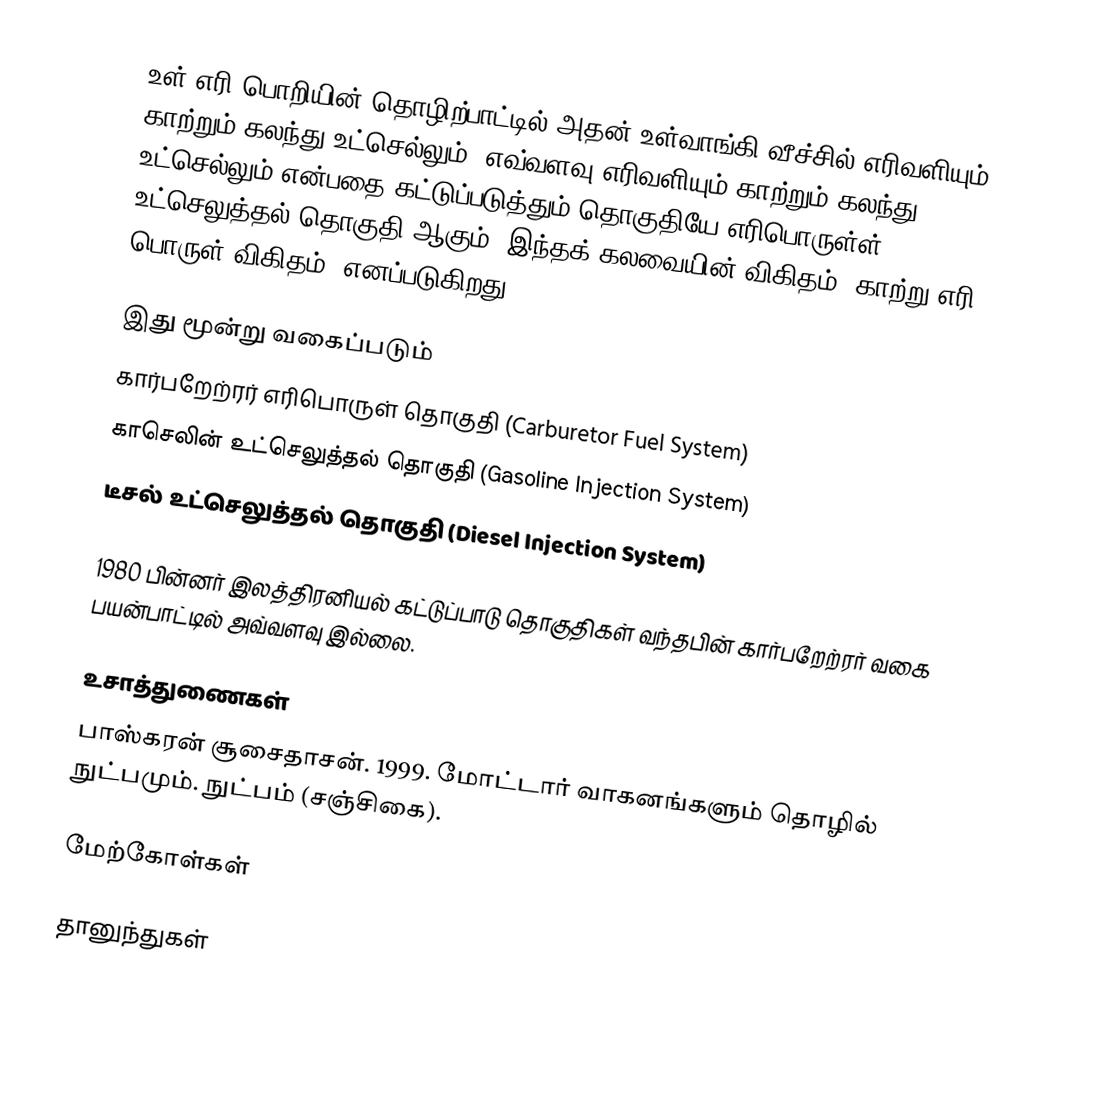
உள் எரி பொறியின் தொழிற்பாட்டில் அதன் உள்வாங்கி வீச்சில் எரிவளியும் காற்றும் கலந்து உட்செல்லும்.  எவ்வளவு எரிவளியும் காற்றும் கலந்து உட்செல்லும் என்பதை கட்டுப்படுத்தும் தொகுதியே எரிபொருள்ள் உட்செலுத்தல் தொகுதி ஆகும்.  இந்தக் கலவையின் விகிதம் "காற்று-எரி பொருள் விகிதம்" எனப்படுகிறது.

இது மூன்று வகைப்படும்
 கார்பறேற்ரர் எரிபொருள் தொகுதி (Carburetor Fuel System)
 காசெலின் உட்செலுத்தல் தொகுதி (Gasoline Injection System)
 டீசல் உட்செலுத்தல் தொகுதி (Diesel Injection System)

1980 பின்னர் இலத்திரனியல் கட்டுப்பாடு தொகுதிகள் வந்தபின் கார்பறேற்ரர் வகை பயன்பாட்டில் அவ்வளவு இல்லை.

உசாத்துணைகள்
 பாஸ்கரன் சூசைதாசன். 1999. மோட்டார் வாகனங்களும் தொழில் நுட்பமும். நுட்பம் (சஞ்சிகை).

மேற்கோள்கள்

தானுந்துகள்